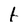
Character: t